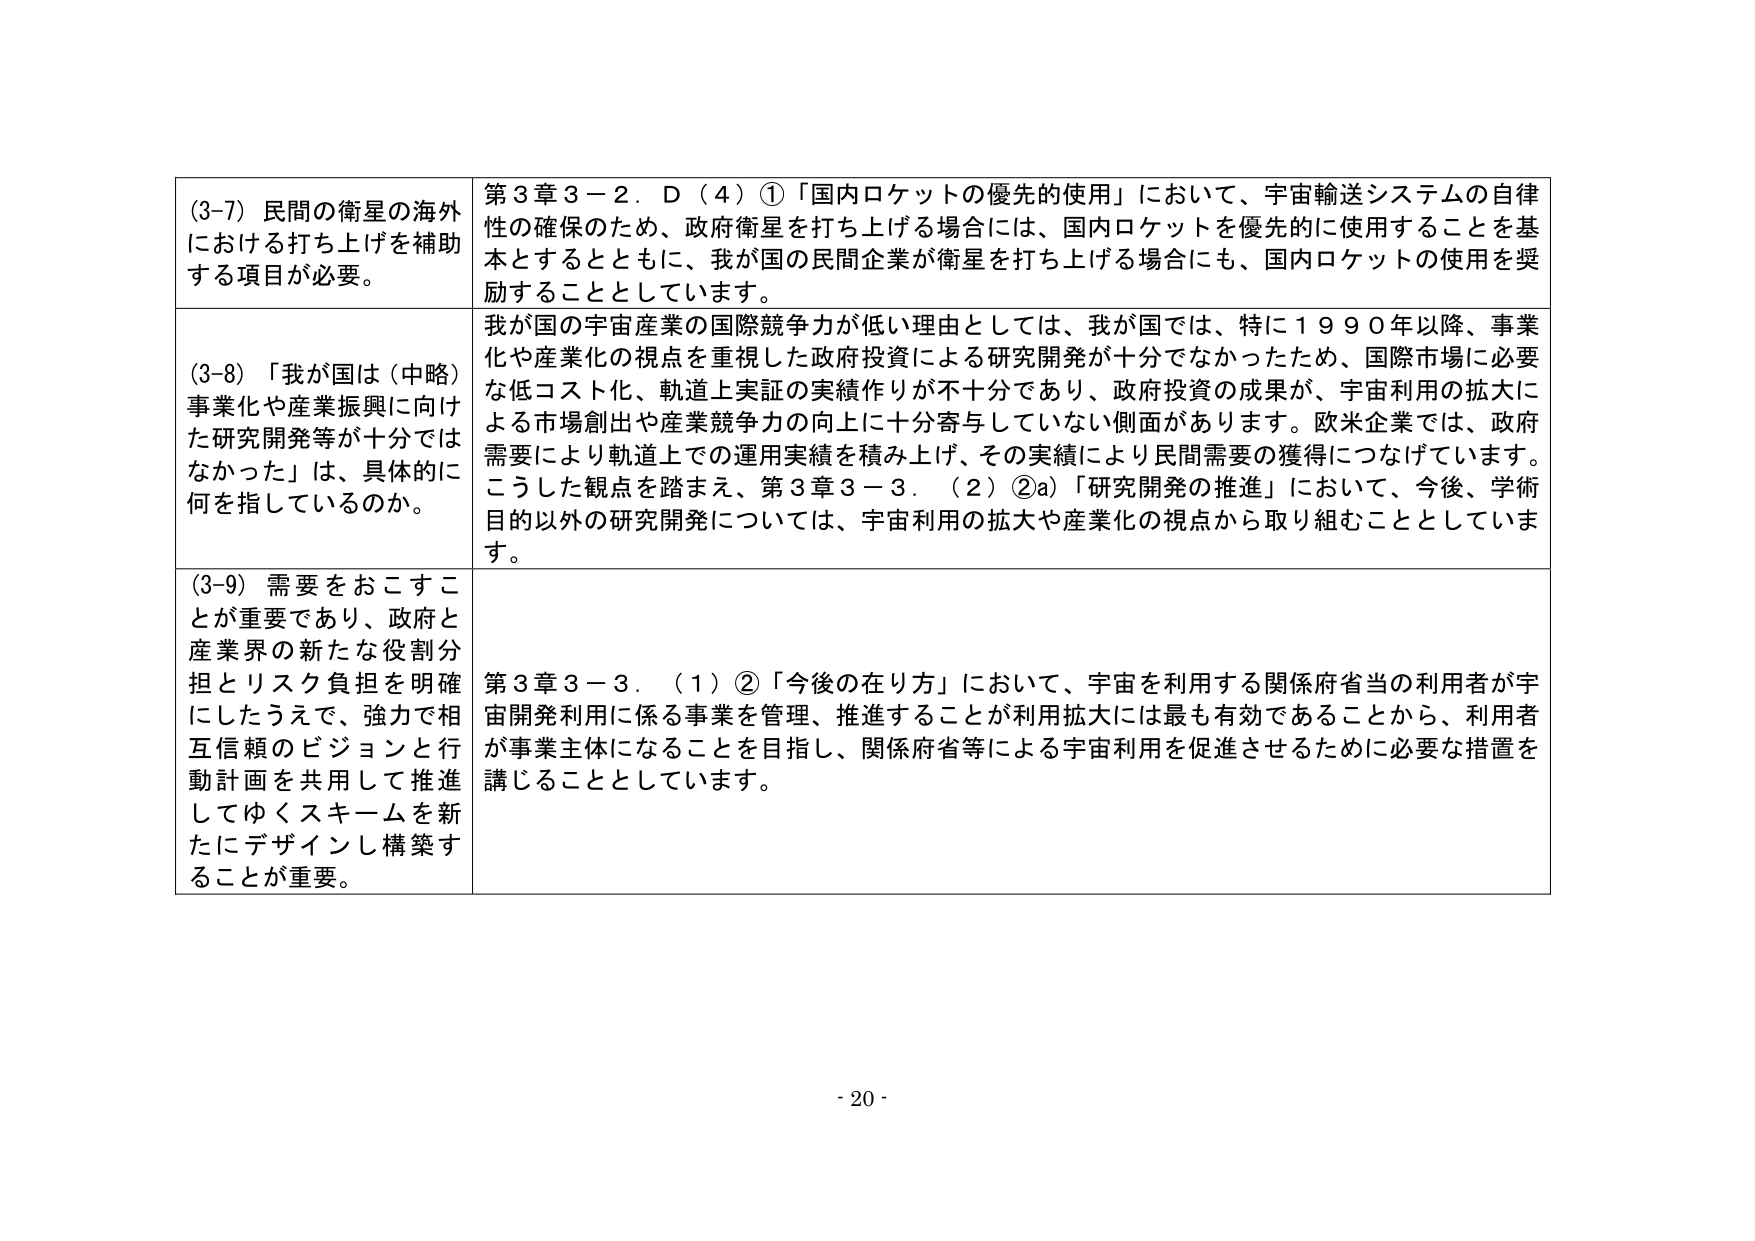
(3-7) 民間の衛星の海外における打ち上げを補助する項目が必要。

第3章3－2．D（4）①「国内ロケットの優先的使用」において、宇宙輸送システムの自律性の確保のため、政府衛星を打ち上げる場合には、国内ロケットを優先的に使用することを基本とするとともに、我が国の民間企業が衛星を打ち上げる場合にも、国内ロケットの使用を奨励することとしています。

(3-8) 「我が国は（中略）事業化や産業振興に向けた研究開発等が十分ではなかった」は、具体的に何を指しているのか。

我が国の宇宙産業の国際競争力が低い理由としては、我が国では、特に1990年以降、事業化や産業化の視点を重視した政府投資による研究開発が十分でなかったため、国際市場に必要な低コスト化、軌道上実証の実績作りが不十分であり、政府投資の成果が、宇宙利用の拡大による市場創出や産業競争力の向上に十分寄与していない側面があります。欧米企業では、政府需要により軌道上での運用実績を積み上げ、その実績により民間需要の獲得につなげています。こうした観点を踏まえ、第3章3－3．（2）②a）「研究開発の推進」において、今後、学術目的以外の研究開発については、宇宙利用の拡大や産業化の視点から取り組むこととしています。

(3-9) 需要をおこすことが重要であり、政府と産業界の新たな役割分担とリスク負担を明確にしたうえで、強力で相互信頼のビジョンと行動計画を共用して推進してゆくスキームを新たにデザインし構築することが重要。

第3章3－3．（1）②「今後の在り方」において、宇宙を利用する関係府省当の利用者が宇宙開発利用に係る事業を管理、推進することが利用拡大には最も有効であることから、利用者が事業主体になることを目指し、関係府省等による宇宙利用を促進させるために必要な措置を講じることとしています。

- 20 -